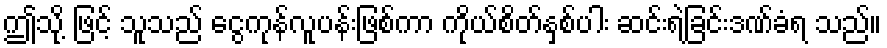
ဤသို့ ဖြင့် သူသည် ငွေကုန်လူပန်းဖြစ်ကာ ကိုယ်စိတ်နှစ်ပါး ဆင်းရဲခြင်းဒဏ်ခံရ သည်။